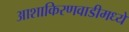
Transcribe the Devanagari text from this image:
आशाकिरणवाडीमध्ये